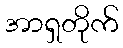
အာရှတိုက်